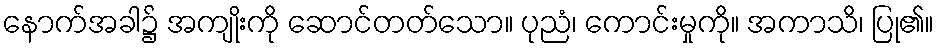
နောက်အခါ၌ အကျိုးကို ဆောင်တတ်သော။ ပုညံ၊ ကောင်းမှုကို။ အကာသိ၊ ပြု၏။